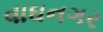
વાઘનગર